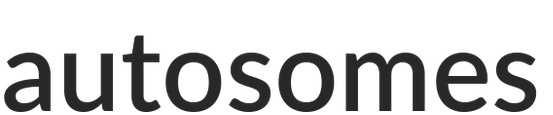
autosomes